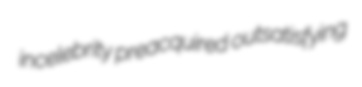
incelebrity preacquired outsatisfying